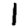
Digit: 1